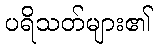
ပရိသတ်များ၏